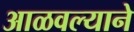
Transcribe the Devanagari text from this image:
आळवल्याने